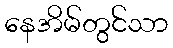
နေအိမ်တွင်သာ